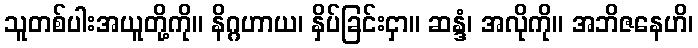
သူတစ်ပါးအယူတို့ကို။ နိဂ္ဂဟာယ၊ နှိပ်ခြင်းငှာ။ ဆန္ဒံ၊ အလိုကို။ အဘိဇနေဟိ၊